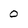
Character: 0